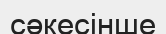
сәкесінше